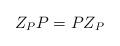
LaTeX: \begin{align*}Z_P P=P Z_P\end{align*}